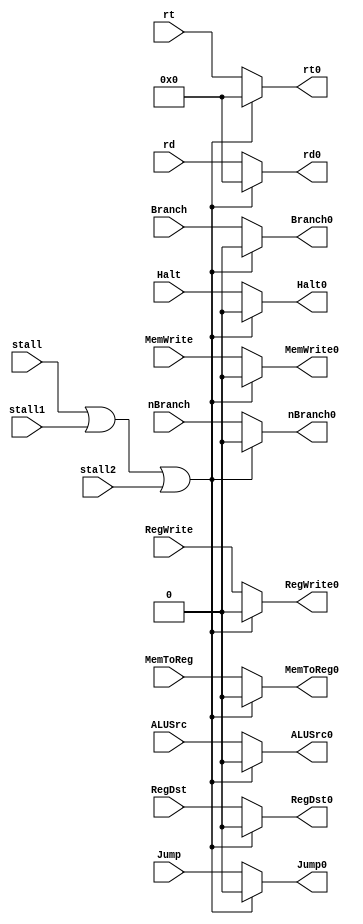
module makeNop(input stall,
               input stall1,
               input stall2,
               input RegDst,
               input Jump,
               input Branch,
               input nBranch,
               input MemWrite,
               input MemToReg,
               input ALUSrc,
               input RegWrite,
               input Halt,
               input[4 : 0] rd,
               input[4 : 0] rt,
               output RegDst0,
               output Jump0,
               output Branch0,
               output nBranch0,
               output MemWrite0,
               output MemToReg0,
               output ALUSrc0,
               output RegWrite0,
               output Halt0,
               output[4 : 0] rd0,
               output[4 : 0] rt0
               );

    //whenever stall is detected make all control signals as zero, so instructions pass through without making changes to memory
    assign RegDst0 = (stall||stall1||stall2)? (1'b0):(RegDst);
    assign Jump0 = (stall||stall1||stall2)? (1'b0):(Jump);
    assign Branch0 = (stall||stall1||stall2)? (1'b0):(Branch);
    assign MemWrite0 = (stall||stall1||stall2)? (1'b0):(MemWrite);
    assign MemToReg0 = (stall||stall1||stall2)? (1'b0):(MemToReg);
    assign ALUSrc0 = (stall||stall1||stall2)? (1'b0):(ALUSrc);
    assign RegWrite0 = (stall||stall1||stall2)? (1'b0):(RegWrite);
    assign Halt0 = (stall||stall1||stall2)? (1'b0): (Halt);
    assign nBranch0 = (stall||stall1||stall2)? (1'b0): (nBranch);
    assign rd0 = (stall||stall1||stall2)? (5'b0):(rd);  //avoid infinity stalling
    assign rt0 = (stall||stall1||stall2)? (5'b0): (rt); //avoid infinity stalling


endmodule